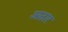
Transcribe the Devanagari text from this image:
अठार